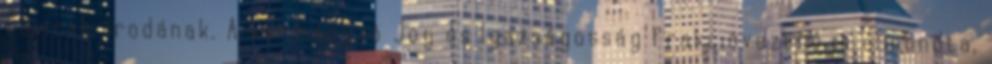
Távirati Irodának. A kormányzó Jog és Igazságosság frakcióvezetője elmondta,